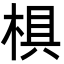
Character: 椇